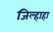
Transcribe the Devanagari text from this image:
जिल्हाहा